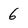
Character: 6